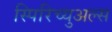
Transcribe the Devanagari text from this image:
स्पिरिच्युअल्स